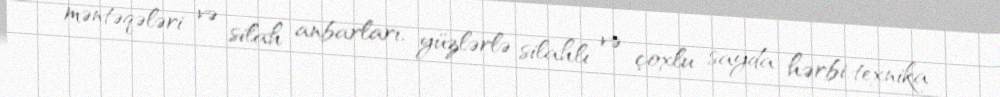
məntəqələri və silah anbarları, yüzlərlə silahlı və çoxlu sayda hərbi texnika